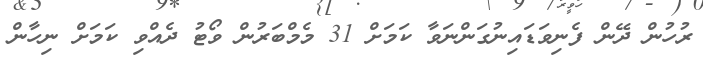
ރުހުން ދޭން ފެނިވަޑައިނުގަންނަވާ ކަމަށް 31 މެމްބަރުން ވޯޓު ދެއްވި ކަމަށް ނިހާން